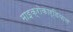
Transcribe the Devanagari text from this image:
माइक्रोकार्डियाल